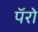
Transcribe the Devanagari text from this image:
पॅरो